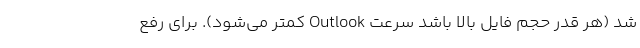
شد (هر قدر حجم فایل بالا باشد سرعت Outlook کمتر می‌شود). برای رفع